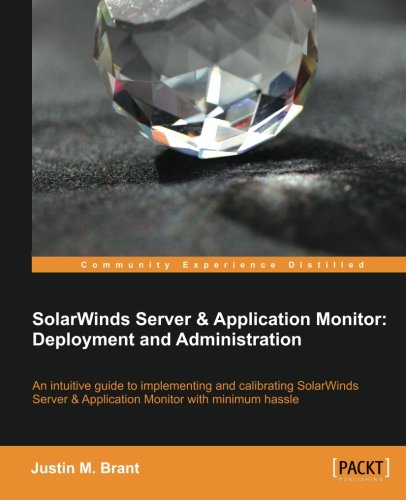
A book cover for SolarWinds Server & Application Monitor: Deployment and Administration; Justin M. Brant; Computers & Technology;